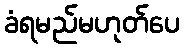
ခံရမည်မဟုတ်ပေ